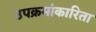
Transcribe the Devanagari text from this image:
उपक्रमांकारिता